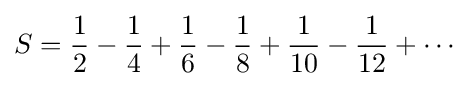
S={\frac {1}{2}}-{\frac {1}{4}}+{\frac {1}{6}}-{\frac {1}{8}}+{\frac {1}{10}}-{\frac {1}{12}}+\cdots